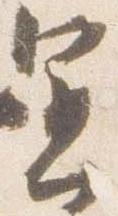
運